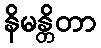
နိမန္တိတာ